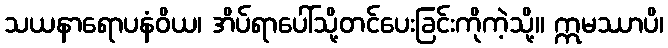
သယနာရောပနံဝိယ၊ အိပ်ရာပေါ်သို့တင်ပေးခြင်းကိုကဲ့သို့။ ဣမဿာပိ၊